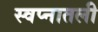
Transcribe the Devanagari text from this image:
स्वप्नातली